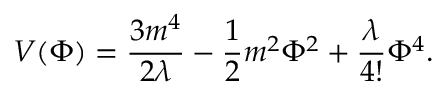
V ( \Phi ) = \frac { 3 m ^ { 4 } } { 2 \lambda } - \frac { 1 } { 2 } m ^ { 2 } \Phi ^ { 2 } + \frac { \lambda } { 4 ! } \Phi ^ { 4 } .